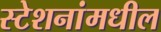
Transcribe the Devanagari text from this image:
स्टेशनांमधील